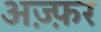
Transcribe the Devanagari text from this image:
अज़्फ़र